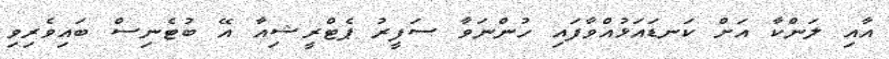
އާއި ލަންކާ އަށް ކަނޑައަޅުއްވާފައި ހުންނަވާ ސަފީރު ޕެޓްރީޝިއާ އޭ ބުޓެނިސް ބައިވެރިވި